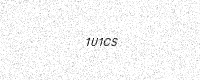
Text: 1U1CS